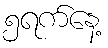
၅ရက်နေ့